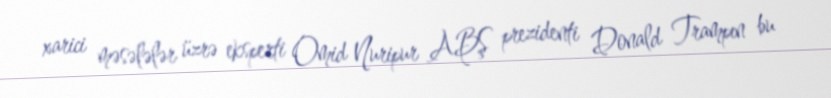
xarici məsələlər üzrə eksperti Omid Nuripur ABŞ prezidenti Donald Trampın bu